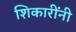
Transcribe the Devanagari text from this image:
शिकारींनी